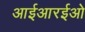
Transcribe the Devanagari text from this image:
आईआरईओ